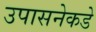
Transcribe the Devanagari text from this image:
उपासनेकडे